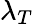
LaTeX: \lambda_{T}